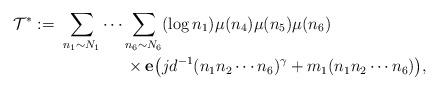
LaTeX: \begin{align*} \mathcal{T}^* :=& \,\, \sum_{n_1\sim N_1}\cdots\sum_{n_6\sim N_6}(\log n_1)\mu(n_4)\mu(n_5)\mu(n_6) \\& \,\, \qquad\qquad\times \mathbf{e}\big(jd^{-1}(n_1n_2\cdots n_6)^\gamma+m_1(n_1n_2\cdots n_6)\big),\end{align*}